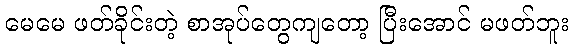
မေမေ ဖတ်ခိုင်းတဲ့ စာအုပ်တွေကျတော့ ပြီးအောင် မဖတ်ဘူး